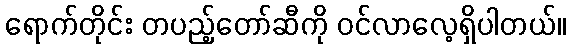
ရောက်တိုင်း တပည့်တော်ဆီကို ဝင်လာလေ့ရှိပါတယ်။